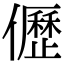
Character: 儮